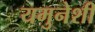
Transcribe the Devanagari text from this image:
यमुनेशी